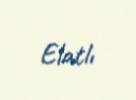
Elatlı